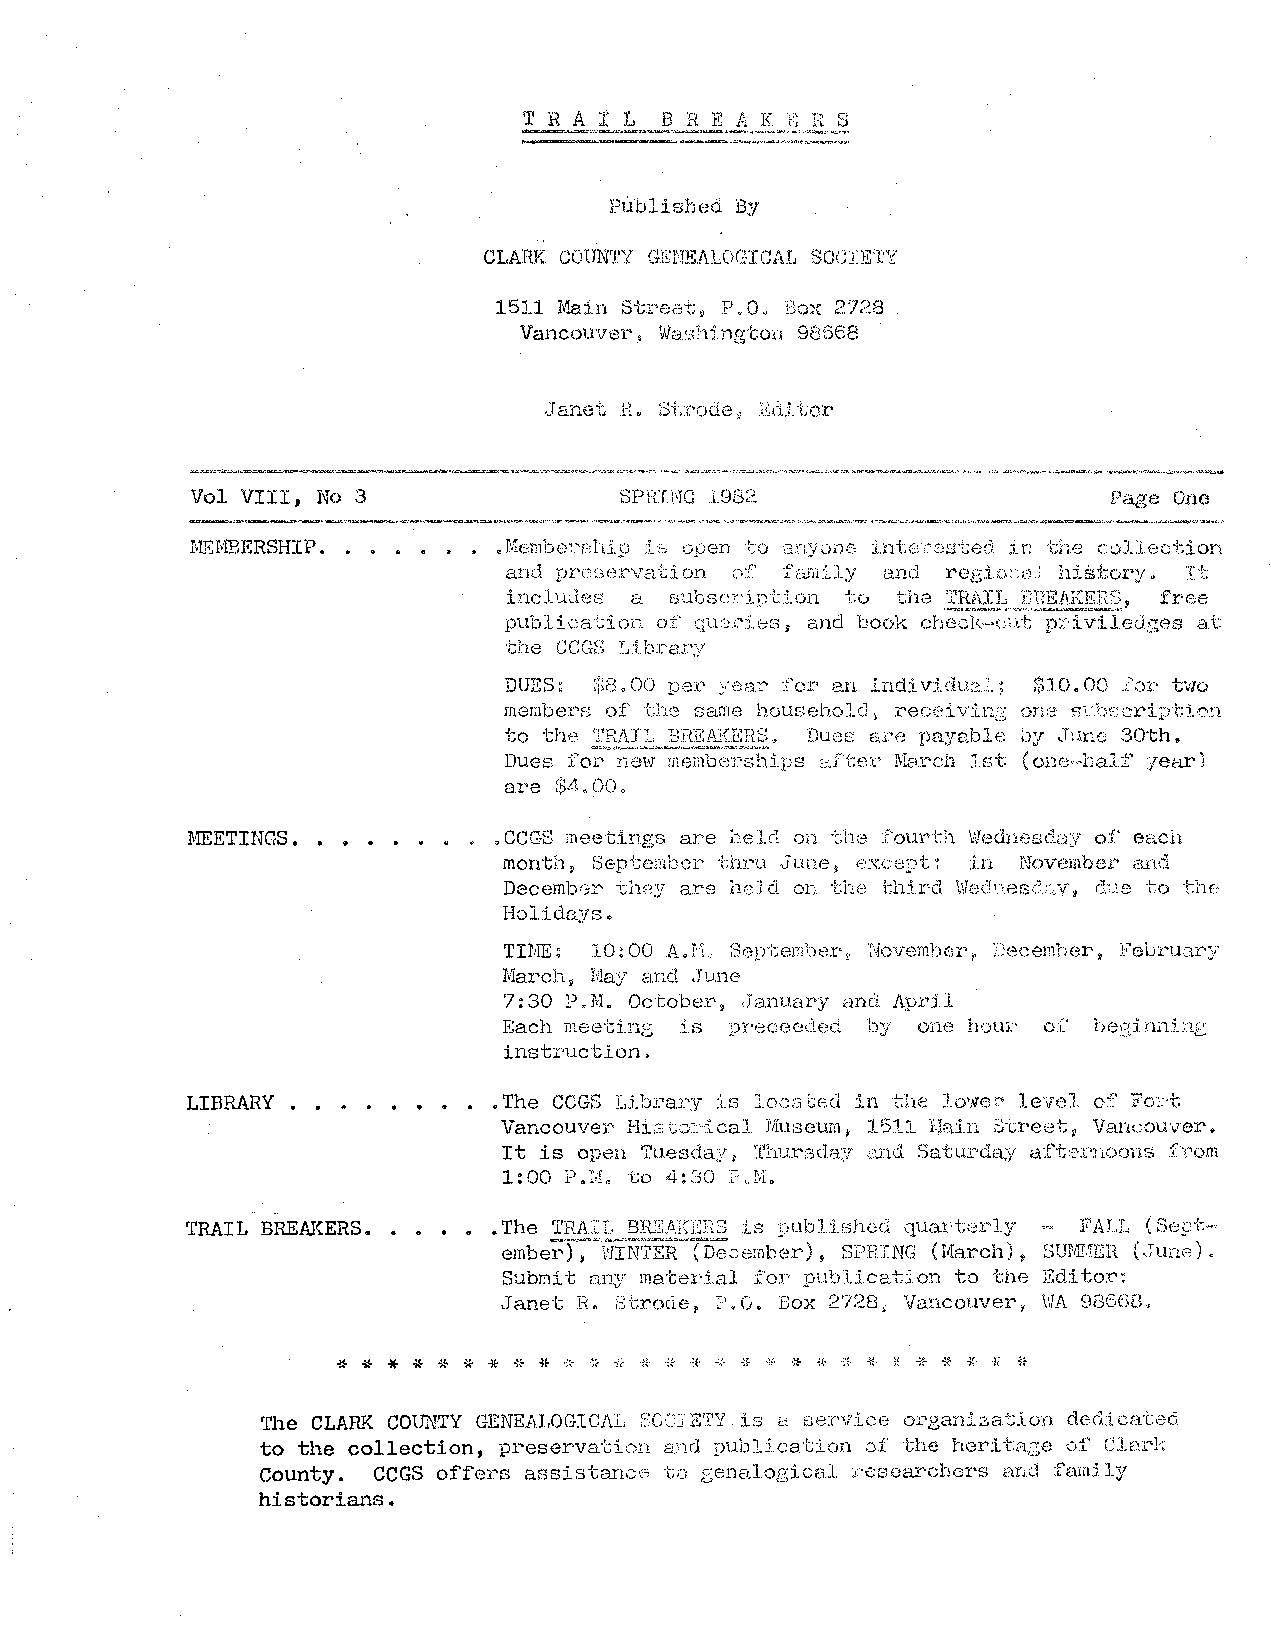
Published By
 CLARK COUNTY GENEALOGICAL SOCIETY
 1511 Main Street P.O., Box 2728
 9
 Vancouver, Washington 98668
 Janet H. St:x·ode, Editor
 Vol VIII, No 3              SPRING 198?.                    Page One
 MEMBERSHIP.         oi•fen1lJerr:J1ip iE) open t:o -:1.r1yone iJ1tf:::.e. ested in tJ1e col lect:ion.
 and prc:Dervatior1 c.!f' fr:iJ11.i.l;/ ar1d re,e;::Lo:~::i.:t.-t l1iS:!:oI'~f o :It
 RfJI:,)3}1EAKEf:S~
 ir1cltv..le[~~, a cn1bsc:ciptio11 t:o tl1e ,I1 free
 publication of     , and book cheek"<;;Lt pr·i vi ledges at
 t:he CCGf3 Li b:r-a.:r:/
 DUES: :;;e.oo per year t'or an individ1.M.,,L; $10.00 lor two
 members of the same househoJ.cJ, receiving on0 Si. .br-: cript:i.on
 to the .. ;.,;.,;~~.,, .. _,.,;;,;..,;;,;;;.;:.;~--"';,;._ Dues m'e payable by June 30th.
 Dues for new memberships 8.fter March 1st ( one-~hal:f year)
 are $4.00 .
 TvillETINGS. •     • • CCGS meetings are held on the rourth Wednesday of each
 month, September th.ru .June~  :in November i.:md
 December they are held on the third    due to tl1e
 1
 Holidays.
 TIME: 10:00 A. September,, November, Deeember, FelJruary
 March, May and June
 7:30 P.M. October, January and April
 Each meetins is preceedeci by one hou:r- or beginn:i.;12
 instruction,
 LIBRARY.             • The CCGS Library :i.B located in the Jower level o'f .F'm:0t
 Vancouver Hir:;t.)Pical Museum, J-'511 Hain Street, Vancouver.
 It is open Tuesday, Thursday a.nd Saturda;y af't•')rnoons :f):0om
 1:00 P.M. to 4:30 P.M.
 TRAIL BREAKERS.      • The 'I'RAIL BREAKERS :is publiE;hed quax-terly lfALL ( Sept
 ember), \:JINTER (December) SPRING (March), sm,:rr.nrn. (.June) .
 9
 Submit an;y- material :for publicat:ton to the Editor:
 Janet IL Strode, P,O. Box ;27:~8, Vancouver)' WA 986GB.
 * * * * * * * * * * * ~ * * * * ~ * * * * * * * * * *
 The CLAR]{ COUNTY GENEALOGICAL SOCIETY is a service organization dedicated
 to the collection, preservation and publication of the heritage o:f Clark
 County. CCGS offers assistance': to sennlogical .researcbers and family
 historians.